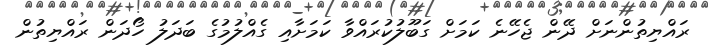
ރައްޔިތުންނަށް ދޭން ޖެހޭނެ ކަމަށް ގަބޫލުކުރައްވާ ކަމަށާއި ގެއްލުމުގެ ބަދަލު ހޯދަން ރައްޔިތުން